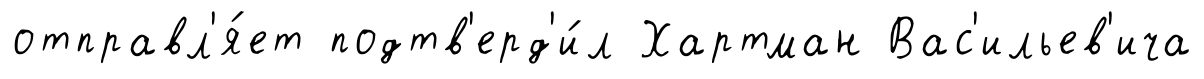
отправл'я́ет подтв'ерд'и́л Хартман Вас'ильев'ича